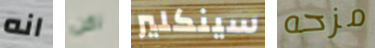
انه لكن سينكلير مزحه